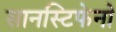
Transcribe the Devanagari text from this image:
सानस्टिफेनो